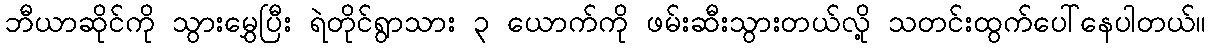
ဘီယာဆိုင်ကို သွားမွှေပြီး ရဲတိုင်ရွာသား ၃ ယောက်ကို ဖမ်းဆီးသွားတယ်လို့ သတင်းထွက်ပေါ်နေပါတယ်။